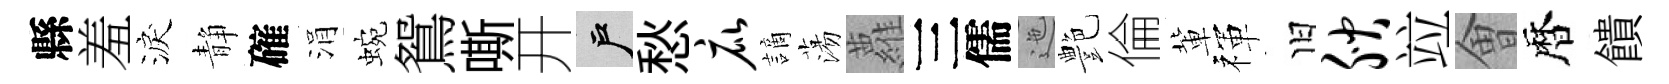
縣羞淚静確涓蜿鴛嘶开户愁庇謫蕩蘿三儒迤艶倫軰禈旧腴竝㑹暦饋